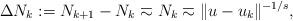
LaTeX: \begin{align*}\Delta N_k := N_{k+1}-N_k \eqsim N_k\eqsim \|u-u_k\|^{-1/s},\end{align*}